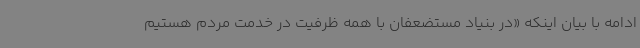
ادامه با بیان اینکه «در بنیاد مستضعفان با همه ظرفیت در خدمت مردم هستیم